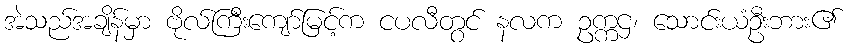
အဲသည်အချိန်မှာ ဗိုလ်ကြီးကျော်မြင့်က ငပလီတွင် နလက ဥက္ကဌ၊ သောင်းယံဦးဘား၏